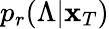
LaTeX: p_{r}(\Lambda|\mathbf{x}_{T})